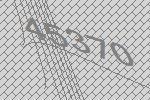
45370